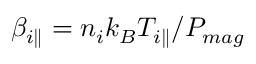
\beta _ { i \parallel } = n _ { i } k _ { B } T _ { i \parallel } / P _ { m a g }